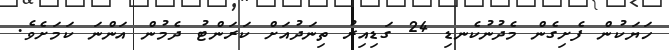
ހަޔަކުން ފެށިގެން މެދުނުކެނޑި 24 ގަޑިއިރު ތިނަދުއަށް ކަރަންޓު ދެމުން އަންނަ ކަމަށެވެ.